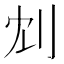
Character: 𠛌